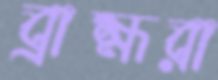
ব্রাহ্মরা